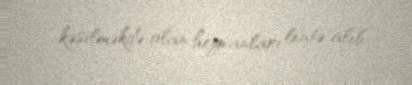
kəsilməkdə olan heyvanları lentə alıb.